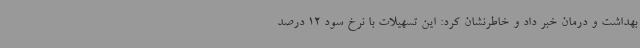
بهداشت و درمان خبر داد و خاطرنشان کرد: این تسهیلات با نرخ سود 12 درصد